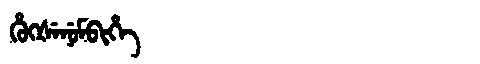
Manchu: ᡥᡠᡴᡧᡝᠨᡠᠮᠪᡳᡥᡝ
Romanization: HUKŠENUMBIHE